Vaccination in the Punjab 1919-1929 - 1919-1929
Year: 1919
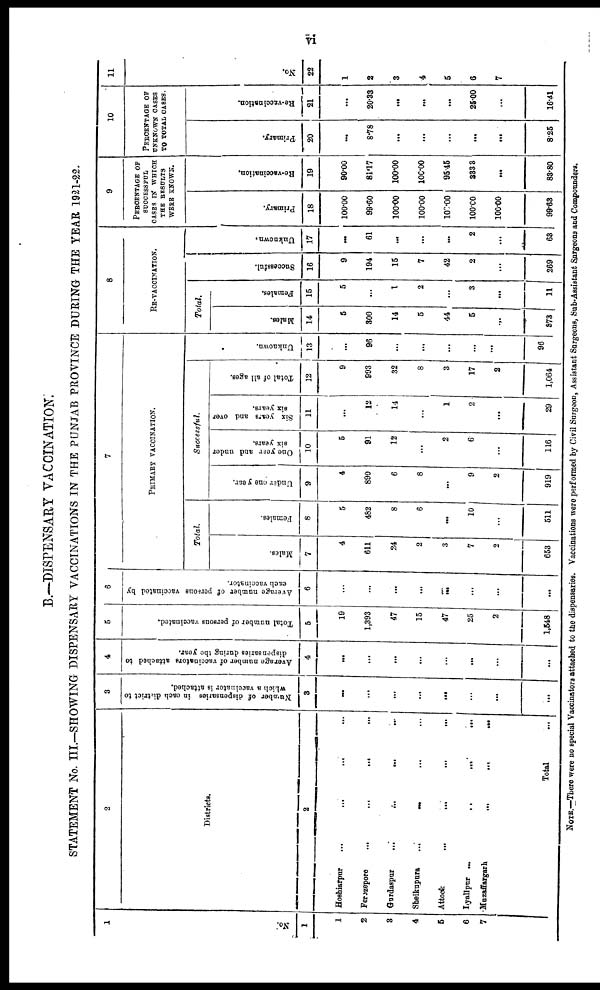
vi
B.—DISPENSARY VACCINATION.
STATEMENT No. III.—SHOWING DISPENSARY VACCINATIONS IN THE PUNJAB PROVINCE DURING THE YEAR 1921-22.
1
No
1
1
2
3
4
5
6
7
2
Districts.
2
Hoshiarpur
...
...
... ...
Ferozepore
...
...
...
...
Gurdaspur
...
...
...
...
Sheikupura
...
... ... ...
Attock ... ... ... ...
Lyallpur ...
...
...
...
Muzaffargarh
...
...
...
Total ...
3
Number of dispensaries in each district to
which a vaccinator is attached.
3
...
...
...
...
...
...
...
...
4
Average number of vaccinators attached to
dispensaries during the year.
4
...
...
...
...
...
...
...
...
5
Total number of persons vaccinated.
5
19
1,393
47
15
47
25
2
1,548
6
Average number of persons vaccinated by
each vaccinator.
6
...
...
...
...
...
...
...
...
7
PRIMARY VACCINATION.
Total.
Males.
7
4
611
24
2
3
7
2
653
Females.
8
5
482
8
6
...
10
...
511
Successful.
Under one year.
9
4
890
6
8
...
9
2
919
One year and under
six years.
10
5
91
12
...
2
6
...
116
Six years and over
six years.
11
...
12
14
...
1
2
...
29
Total of all ages.
12
9
993
32
8
3
17
2
1,064
Unknown.
13
...
96
...
...
...
...
...
96
8
RE-VACCINATION.
Total
Males.
14
5
300
14
5
44
5
...
373
Females.
15
5
...
1
2
...
3
...
11
Successful.
16
9
194
15
7
42
2
...
269
Unknown.
17
...
61
...
...
...
2
68
9
PERCENTAGE OF
SUCCESSFUL
CASES IN WHICH
THE RESULTS
WERE KNOWN.
Primary.
18
100.00
99.60
100.00
100.00
10.00
100.00
100.00
99.63
Re-vaccination.
19
90.00
81.17
100.00
100.00
96.45
33.33
...
88.80
10
PERCENTAGE OF
UNKNOWN CASES
TO TOTAL CASES.
Primary.
20
...
8.78
...
...
...
...
...
8.25
Re-vaccination.
21
...
20.33
...
...
...
25.00
...
16.41
11
No
22
1
2
3
4
5
6
7
NOTE.—There were no special Vaccinators attached to the dispensaries. Vaccinations were performed by Civil Surgeon, Assistant Surgeons, Sub-Assistant Surgeons and Compoundars.